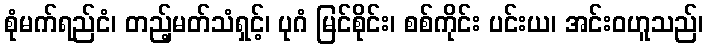
စုံမက်ရည်ငံ၊ တည့်မတ်သံရှင့်၊ ပုဂံ မြင်စိုင်း၊ စစ်ကိုင်း ပင်းယ၊ အင်းဝဟူသည်၊